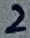
Text: 2